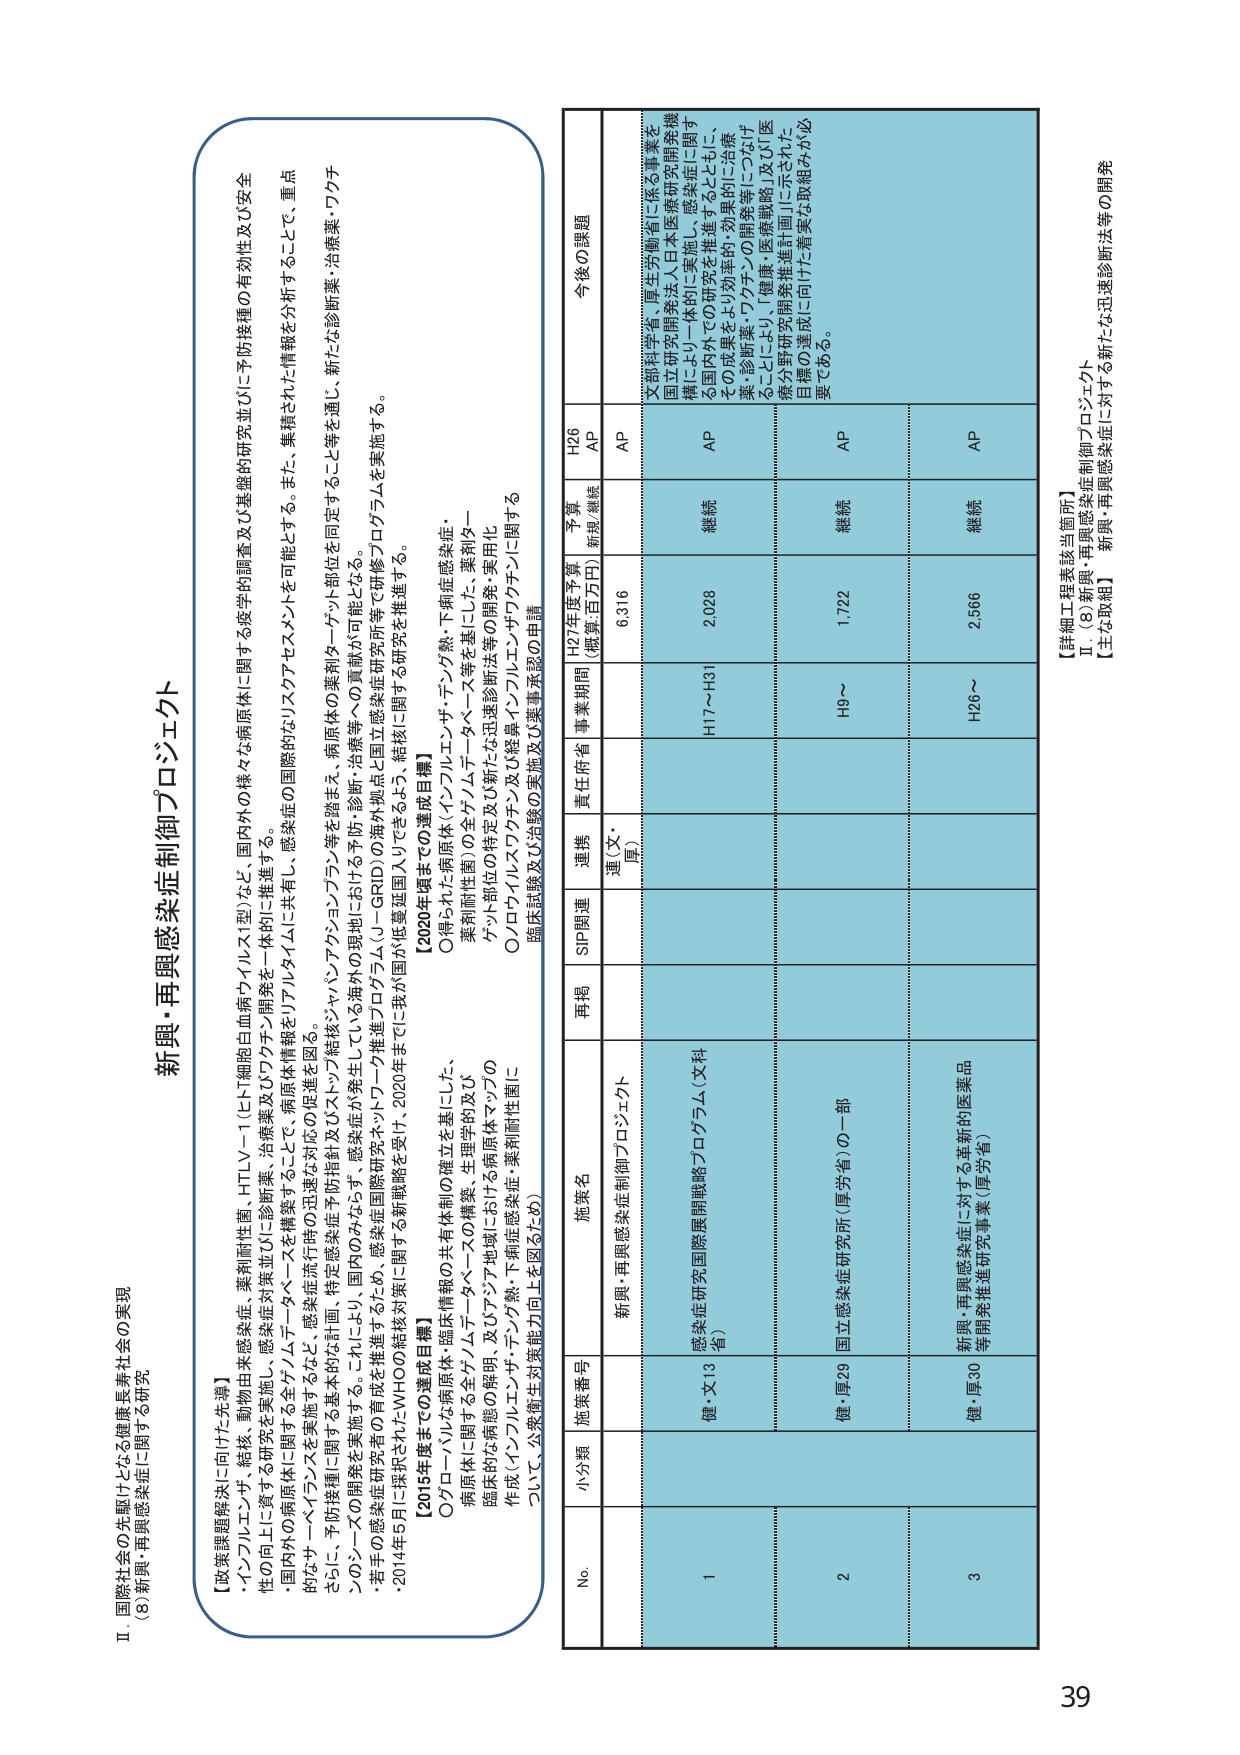
新興・再興感染症制御プロジェクト

【政策課題解決に向けた先導】
・インフルエンザ、結核、動物由来感染症、薬剤耐性菌、HTLV－1（ヒトT細胞白血病ウイルス1型）など、国内外の様々な病原体に関する疫学的調査及び基礎的研究並びに予防接種の有効性及び安全
性の向上に資する研究を実施し、感染症対策並びに診断薬・治療薬を一体的に推進する。
・国内の病原体に関する全ゲノムデータベースを構築することで、病原体情報の共有化の促進を図る。
・さらには、予防接種に関する基本的な計画、特定感染症予防指針及びストップ結核・ジャパン・アクション・プラン等を踏まえ、病原体の薬剤ターゲット部位を同定すること等を通じ、新たな診断薬・治療薬・ワクチ
ンのシーズの開発を実施する。これにより、感染症が発生している海外の現地に赴ける予防・診断・治療等への貢献が可能となる。
・若手の感染症研究者の育成を推進するため、感染症国際研究ネットワーク推進プログラム（J－GRID）の海外派遣・国立感染症研究所等で研修プログラムを実施する。
・2014年5月に採択されたWHOの総括対策に関する新戦略を受け、2020年までに我が国が低蔓延国入りできるよう、結核に関する研究を推進する。

【2015年度までの達成目標】
○グローバルな病原体・臨床情報の共有体制の確立を基にした、
病原体に関する全ゲノムデータベースの構築、生理学的及び
臨床的な情報の解明、及びアジア地域における病原体マップの
作成（インフルエンザ・チクングunya・下痢症感染症・薬剤耐性菌に
ついて、公衆衛生対策能力向上を図るため）

【2020年度までの達成目標】
○得られた病原体（インフルエンザ・デング熱・下痢症感染症・
薬剤耐性菌）の全ゲノムデータベース等を基にした、薬剤ターゲット部位の特定及び新たな迅速診断法等の開発・実用化
○ノロウイルスワクチン及び経鼻インフルエンザワクチンに関する
臨床試験及び治験の実施及び薬事承認の申請

No. 小分類 施策番号 施策名 再掲 SIP関連 連携 責任府省 事業期間 H27年度予算 （概算、百万円） 予算 新規/継続 H26 AP 今後の課題
1 健・文13 感染症研究国際展開戦略プログラム（文科省） 再掲 SIP関連 連携（文・厚） H17～H31 2,028 継続 AP 文部科学省・厚生労働省に係る事業を国立研究開発法人日本医療研究開発機構により一体的に実施し、感染症に関する国内外での研究を推進するとともに、その成果をより効率的・効果的に治療薬・診断薬・ワクチンの開発等につなげるこ とにより、健康・医療戦略J及び「医療分野研究開発推進計画」に示された目標の達成に向けた着実な取組みが必要である。
2 健・厚29 国立感染症研究所（厚労省）の一部 再掲 SIP関連 連携（文・厚） H9～ 1,722 継続 AP
3 健・厚30 新興・再興感染症に対する革新的医薬品等開発推進研究事業（厚労省） 再掲 SIP関連 連携（文・厚） H26～ 2,566 継続 AP

【詳細工程表該当箇所】
Ⅱ．（8）新興・再興感染症制御プロジェクト
【主な取組】 新興・再興感染症に対する新たな迅速診断法等の開発

Ⅱ 国際社会の先駆けとなる健康長寿社会の実現
（8）新興・再興感染症に関する研究

39